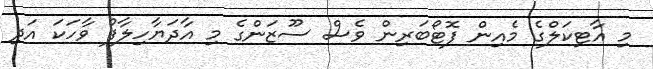
މި އާޓިކަލްގެ މެއިން ފޮޓޯބަރިން ވެސް ސޫޒަންގެ މި އާދަޔާހިލާފު ވާހަކަ އަދި